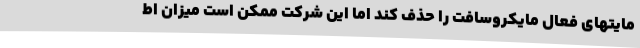
مایتهای فعال مایکروسافت را حذف کند اما این شرکت ممکن است میزان اط